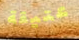
عتيقة